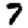
Digit: 7